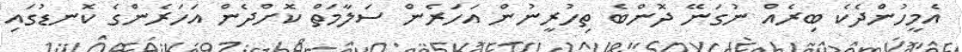
އެމީހުންދެކެ ބިރެއް ނުގަނޭ ދޮންބެ ތިހުރީނުން އަހަރެން ސަލާމަތް ކޮށްދެން އަހަރެންގެ ކޮނޑުގައި